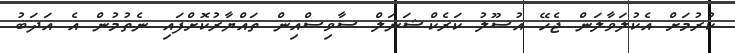
ކުރުމަށް އެކުލަވާލަން ޖެހޭ އުސޫލު ކަރެކްޝަނަލް ސާވިސްއިން ތައްޔާރުކޮށްފައި ނެތުމުން އެ އަދަބު